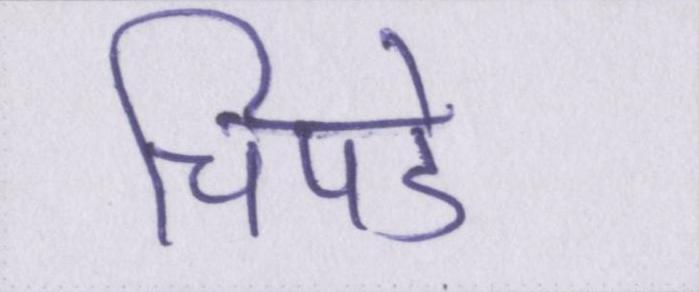
चिपडे